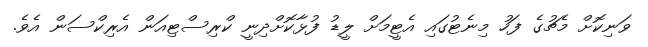
ވަނިކޮށް މެޗުގެ ފަހު މިނެޓުގައި އެޓީމަށް ލީޑު ފުޅާކޮށްދިނީ ކްރިސްޓިއަން އެރިކްސަން އެވެ.